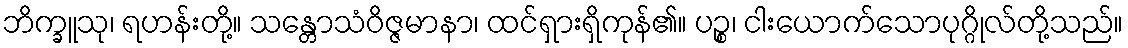
ဘိက္ခူသု၊ ရဟန်းတို့။ သန္တောသံဝိဇ္ဇမာနာ၊ ထင်ရှားရှိကုန်၏။ ပဉ္စ၊ ငါးယောက်သောပုဂ္ဂိုလ်တို့သည်။